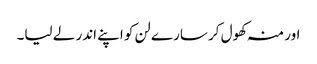
اور منہ کھول کر سارے لن کو اپنے اندر لے لیا۔